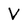
Character: V